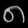
Digit: ၈